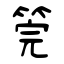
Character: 筦